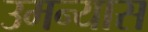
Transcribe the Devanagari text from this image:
उमन्यास